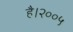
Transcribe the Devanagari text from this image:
है।२००५